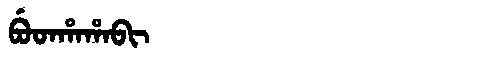
Manchu: ᠪᡠᡨᡥᠠᡥᠠᠪᡳ
Romanization: BUTHAHABI